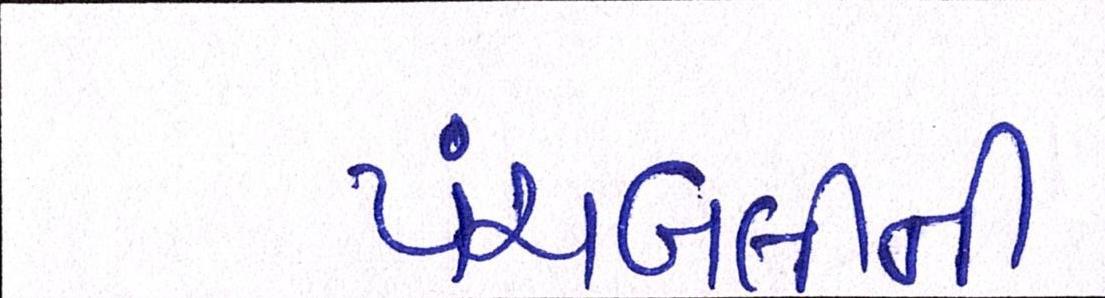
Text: પંચબલીની